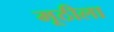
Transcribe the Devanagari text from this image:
मूठीला